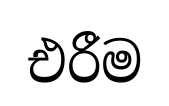
එරීම